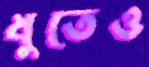
ধুতেও